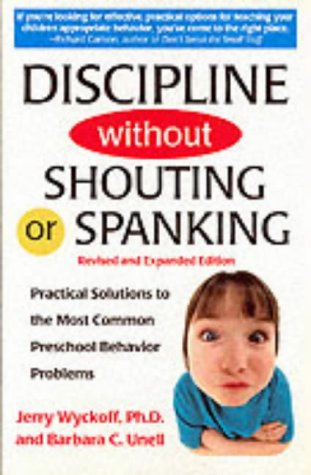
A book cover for Discipline Without Shouting or Spanking: Practical Solutions to the Most Common Preschool Behavior Problems; Jerry Wyckoff; Parenting & Relationships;